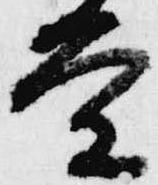
条